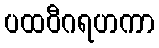
ပထဝီဂရဟကာ